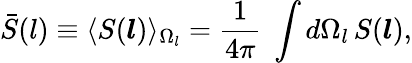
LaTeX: \bar{S}(l)\equiv\langle S(\boldsymbol{l})\rangle_{\Omega_{l}}=\frac{1}{4\pi}\; \int d\Omega_{l}\, S(\boldsymbol{l}),